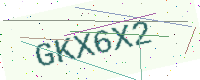
Text: GKX6X2